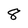
Character: 8